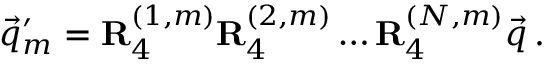
\vec { q } _ { m } ^ { \prime } = \mathbf { R } _ { 4 } ^ { ( 1 , m ) } \mathbf { R } _ { 4 } ^ { ( 2 , m ) } \dots \mathbf { R } _ { 4 } ^ { ( N , m ) } \vec { q } \, .